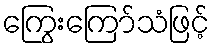
ကြွေးကြော်သံဖြင့်